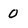
Character: 0